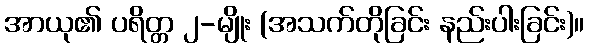
အာယု၏ ပရိတ္တ ၂-မျိုး (အသက်တိုခြင်း နည်းပါးခြင်း)။